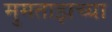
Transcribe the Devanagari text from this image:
मुमताझच्या